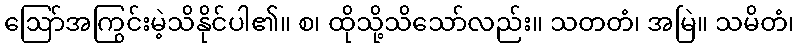
ဩော်အကြွင်းမဲ့သိနိုင်ပါ၏။ စ၊ ထိုသို့သိသော်လည်း။ သတတံ၊ အမြဲ။ သမိတံ၊